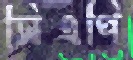
সিএপি